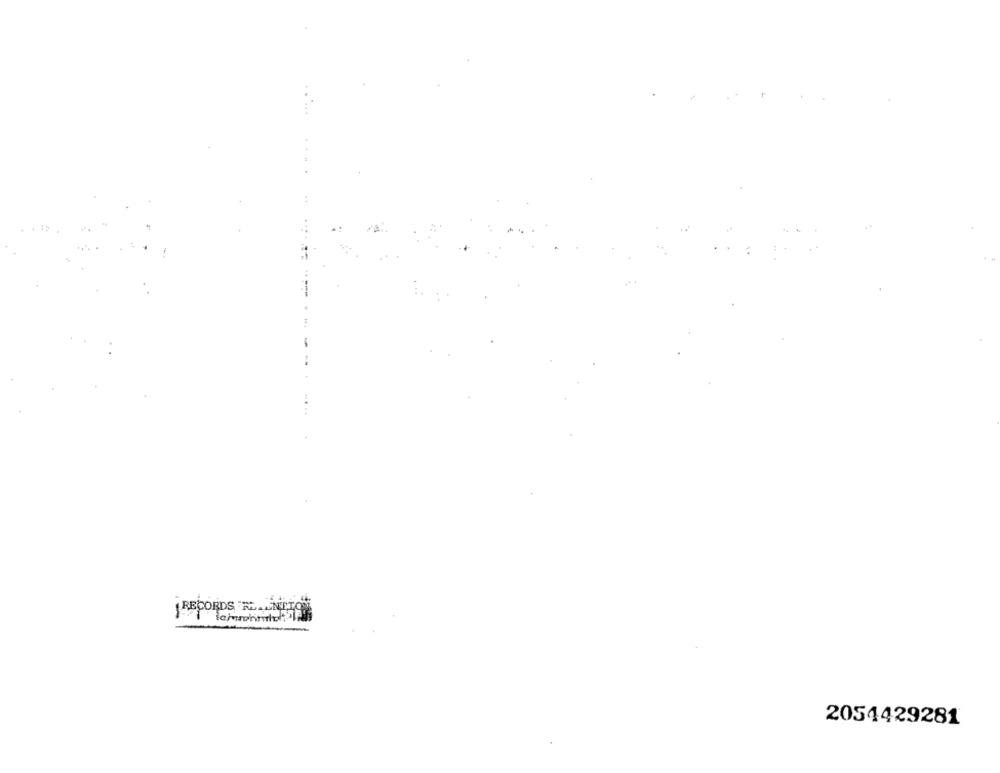
RECORDS RL
2054429281